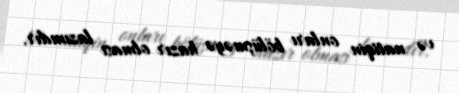
və natiqin onları bölüşməyə hazır olması lazımdır.